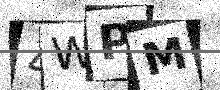
Text: 4WPM